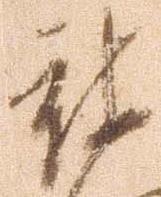
被